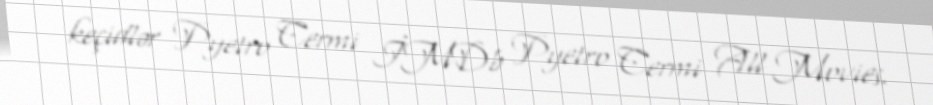
keçidlər Pyetro Cermi İMDb Pyetro Cermi All Movies.